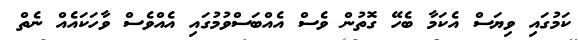
ކަމުގައި ވިޔަސް އެކަމާ ބެހޭ ގޮތުން ވެސް އެއްބަސްވުމުގައި އެއްވެސް ވާހަކައެއް ނެތް